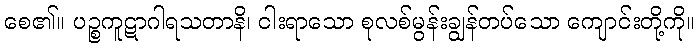
စေ၏။ ပဉ္စကူဋာဂါရသတာနိ၊ ငါးရာသော စုလစ်မွန်းချွန်တပ်သော ကျောင်းတို့ကို။